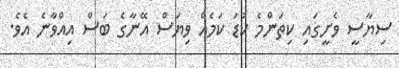
ސިޔާސީ ވެށީގައި ކިތަންމެ ކުޑަ ކަމެއް ވިޔަސް އޭނާގެ ބަސް އިއްވާނެ އެވެ.